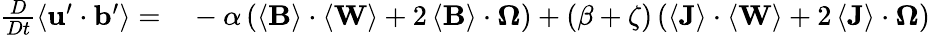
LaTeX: \begin{array}{rl}{\frac{D}{Dt}\left\langle\mathbf{u}^{\prime}\cdot\mathbf{b}^{\prime}\right\rangle=}&{{}-\alpha\left(\left\langle\mathbf{B}\right\rangle\cdot\left\langle\mathbf{W}\right\rangle+2\left\langle\mathbf{B}\right\rangle\cdot\boldsymbol{\Omega}\right)+\left(\beta+\zeta\right)\left(\left\langle\mathbf{J}\right\rangle\cdot\left\langle\mathbf{W}\right\rangle+2\left\langle\mathbf{J}\right\rangle\cdot\boldsymbol{\Omega}\right)}\end{array}